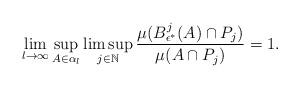
LaTeX: \begin{align*}\lim_{l\to\infty}\sup_{A\in \alpha_l}\limsup_{j\in\mathbb N}\frac {\mu(B_{\epsilon^*}^j(A)\cap P_j)}{\mu(A\cap P_j)}= 1.\end{align*}